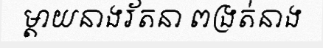
ម្តាយនាងរ័តនា ពង្រត់នាង